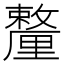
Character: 𨤸